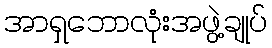
အာရှဘောလုံးအဖွဲ့ချုပ်